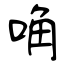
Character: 唃